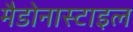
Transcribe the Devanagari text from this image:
मैडोनास्टाइल